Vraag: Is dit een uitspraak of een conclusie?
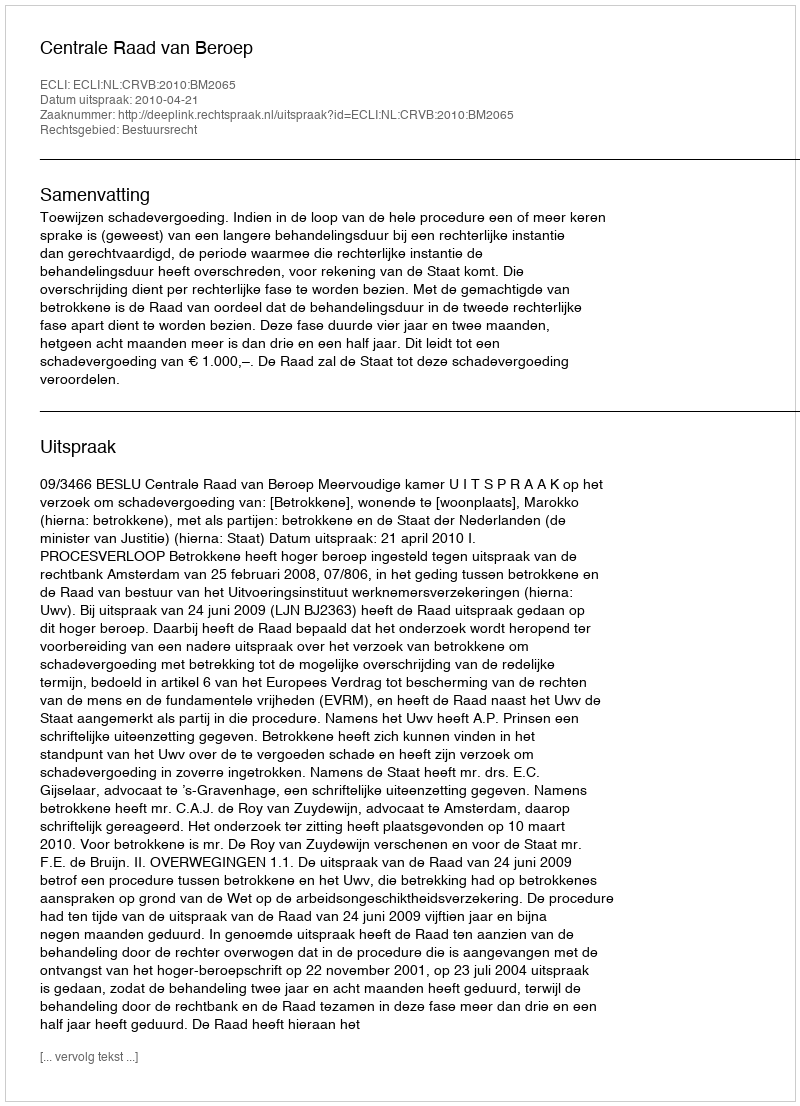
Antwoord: Uitspraak